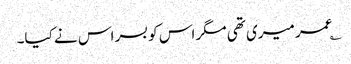
؎عمر میری تھی مگر اس کو بسر اس نے کیا۔